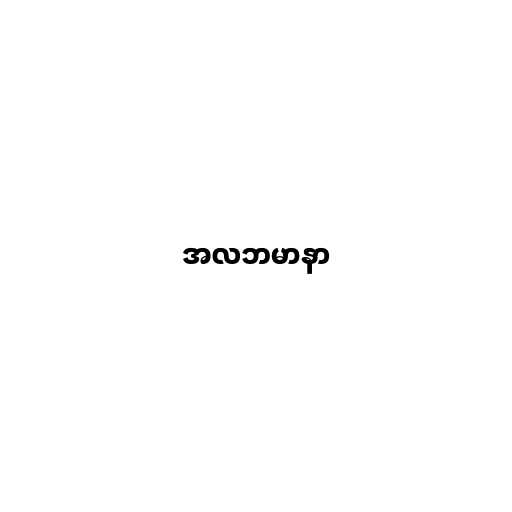
အလဘမာနာ